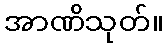
အာဏိသုတ်။